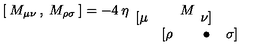
[ \: M _ { \mu \nu } \: , \: M _ { \rho \sigma } \: ] = - 4 \: \eta _ { \begin{array} { c c } { [ \mu } & { } \\ { } & { [ \rho } \\ \end{array} } M _ { \begin{array} { c c } { \nu ] } & { } \\ { \bullet } & { \sigma ] } \\ \end{array} }